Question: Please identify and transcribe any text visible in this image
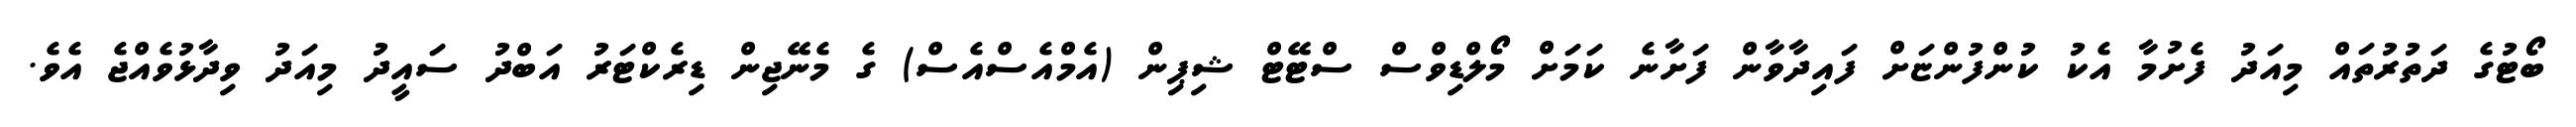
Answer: ބޯޓުގެ ދަތުރުތައް މިއަދު ފެށުމާ އެކު ކުންފުންޏަށް ފައިދާވާން ފަށާނެ ކަމަށް މޯލްޑިވްސް ސްޓޭޓް ޝިޕިން (އެމްއެސްއެސް) ގެ މެނޭޖިން ޑިރެކްޓަރު އަބްދު ސައީދު މިއަދު ވިދާޅުވެއްޖެ އެވެ.